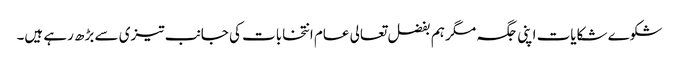
شکوے شکایات اپنی جگہ مگر ہم بفضل تعالی عام انتخابات کی جانب تیزی سے بڑھ رہے ہیں۔